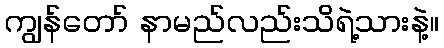
ကျွန်တော် နာမည်လည်းသိရဲ့သားနဲ့။